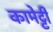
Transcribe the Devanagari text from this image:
कामेट्टी